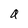
Character: a